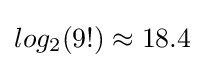
log_{2}(9!)\approx 18.4